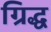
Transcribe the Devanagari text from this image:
ग्रिद्ध